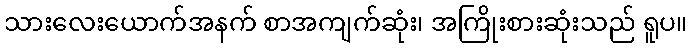
သားလေးယောက်အနက် စာအကျက်ဆုံး၊ အကြိုးစားဆုံးသည် ရူပ။